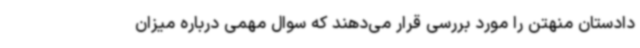
دادستان منهتن را مورد بررسی قرار می‌دهند که سوال مهمی درباره میزان